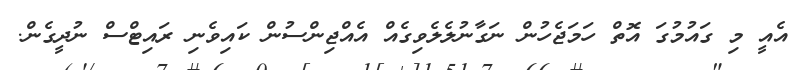
އެއީ މި ގައުމުގަ އޮތް ހަމަޖެހުން ނަގާނުލެލެވިގެއް އެއްޖިންސުން ކައިވެނި ރައިޓްސް ނުދީގެން.